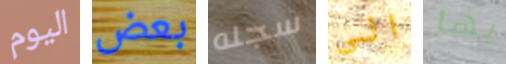
اليوم بعض سجله الى بها